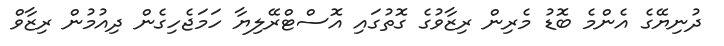
ދުނިޔޭގެ އެންމެ ބޮޑު މެރިން ރިޒާވުގެ ގޮތުގައި އޮސްޓްރޭލިޔާ ހަމަޖެހިގެން ދިއުމުން ރިޒާވް